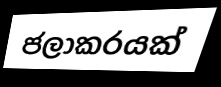
ජලාකරයක්